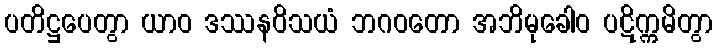
ပတိဋ္ဌပေတွာ ယာဝ ဒဿနဝိသယံ ဘဂဝတော အဘိမုခေါဝ ပဋိက္ကမိတွာ